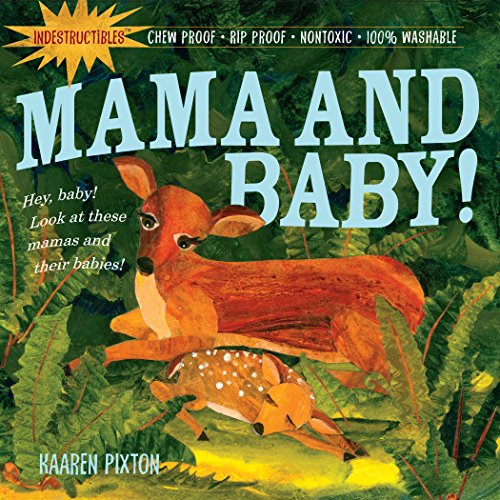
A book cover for Mama and Baby! (Indestructibles); Kaaren Pixton; Children's Books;